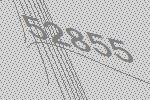
52855